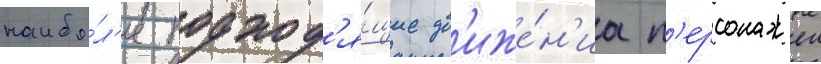
наибо́л'ее подход'я́щие дв'иже́н'иа п'ерсонажеи